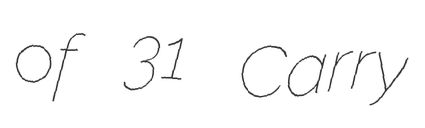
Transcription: of 31 Carry